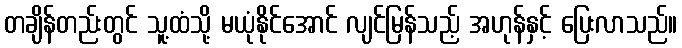
တချိန်တည်းတွင် သူ့ထံသို့ မယုံနိုင်အောင် လျင်မြန်သည့် အဟုန်နှင့် ပြေးလာသည်။